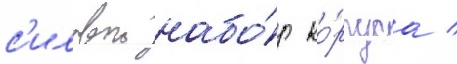
с'иловои набо́р ко́рпуса /